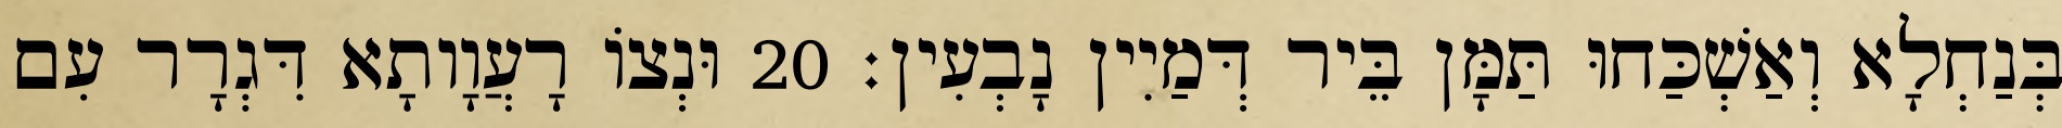
בְּנַחְלָא וְאַשְׁכַּחוּ תַּמָּן בֵּיר דְּמַיִין נָבְעִין׃ 20 וּנְצוֹ רָעֲוָותָא דִּגְרָר עִם